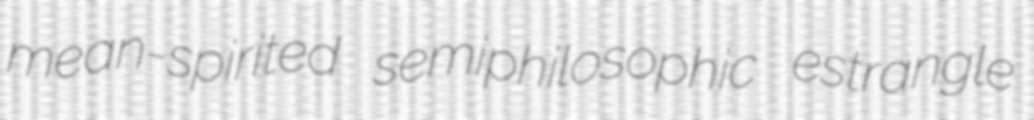
mean-spirited semiphilosophic estrangle